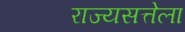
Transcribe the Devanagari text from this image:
राज्यसत्तेला